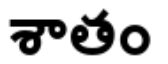
శాతం